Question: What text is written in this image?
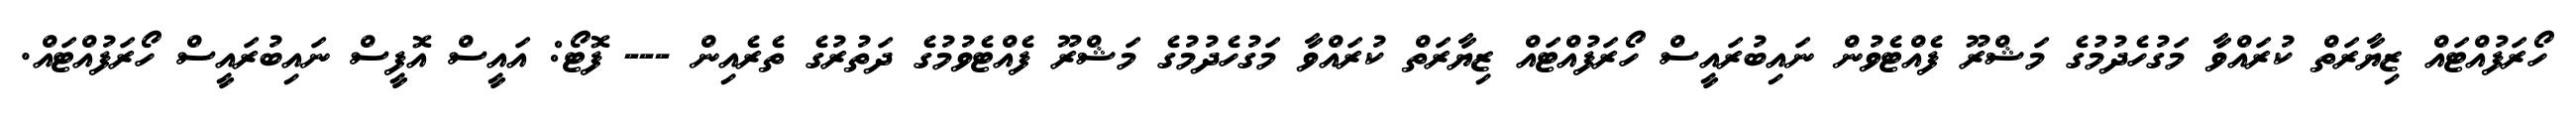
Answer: ހޯރަފުއްޓައް ޒިޔާރަތް ކުރައްވާ މަގުހެދުމުގެ މަޝްރޫ ފެއްޓެވުން ނައިބުރައީސް ހޯރަފުއްޓައް ޒިޔާރަތް ކުރައްވާ މަގުހެދުމުގެ މަޝްރޫ ފެއްޓެވުމުގެ ދަތުރުގެ ތެރެއިން --- ފޮޓޯ: އައީސް އޮފީސް ނައިބުރައީސް ހޯރަފުއްޓައް.